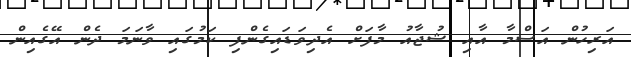
އަރިހުން އަސްމާ އާއި ޝުޖާއު މާފަށް އެދިވަޑައިގެންފި ކަމުގައި ވާނަމަ ދެން އޭގެއިން